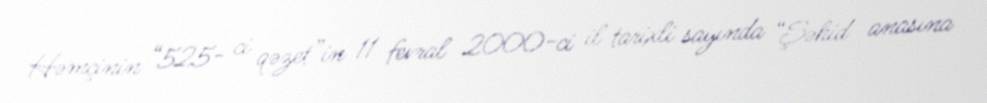
Həmçinin “525- ci qəzet”in 11 fevral 2000-ci il tarixli sayında “Şəhid anasına